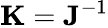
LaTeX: {\mathbf K}={\mathbf J}^{-1}